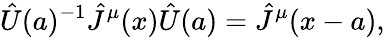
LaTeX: {\hat{U}}(a)^{-1}{\hat{J}}^{\mu}(x){\hat{U}}(a)={\hat{J}}^{\mu}(x-a),